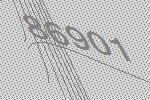
86901